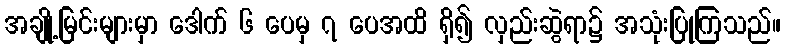
အချို့မြင်းများမှာ ဒေါက် ၆ ပေမှ ၇ ပေအထိ ရှိ၍ လှည်းဆွဲရာ၌ အသုံးပြုကြသည်။